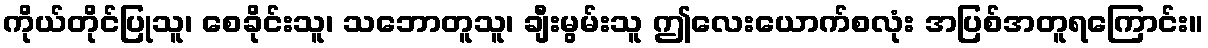
ကိုယ်တိုင်ပြုသူ၊ စေခိုင်းသူ၊ သဘောတူသူ၊ ချီးမွမ်းသူ ဤလေးယောက်စလုံး အပြစ်အတူရကြောင်း။